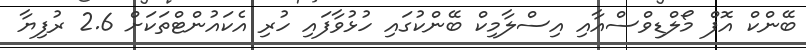
ބޭންކް އޮފް މޯލްޑިވްސްއާއި އިސްލާމިކް ބޭންކުގައި ހުޅުވާފައި ހުރި އެކައުންޓްތަކަށް 2.6 ރުފިޔާ